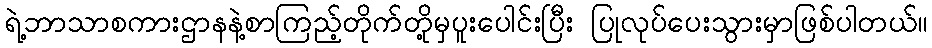
ရဲ့ဘာသာစကားဌာနနဲ့စာကြည့်တိုက်တို့မှပူးပေါင်းပြီး ပြုလုပ်ပေးသွားမှာဖြစ်ပါတယ်။